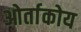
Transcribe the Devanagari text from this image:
ओर्ताकोय